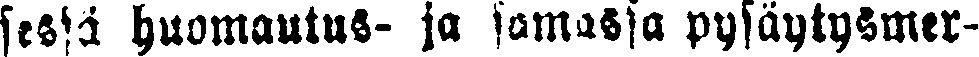
sessä huomautus- ja samassa pysäytysmer-